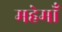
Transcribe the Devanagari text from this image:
महेमाँ